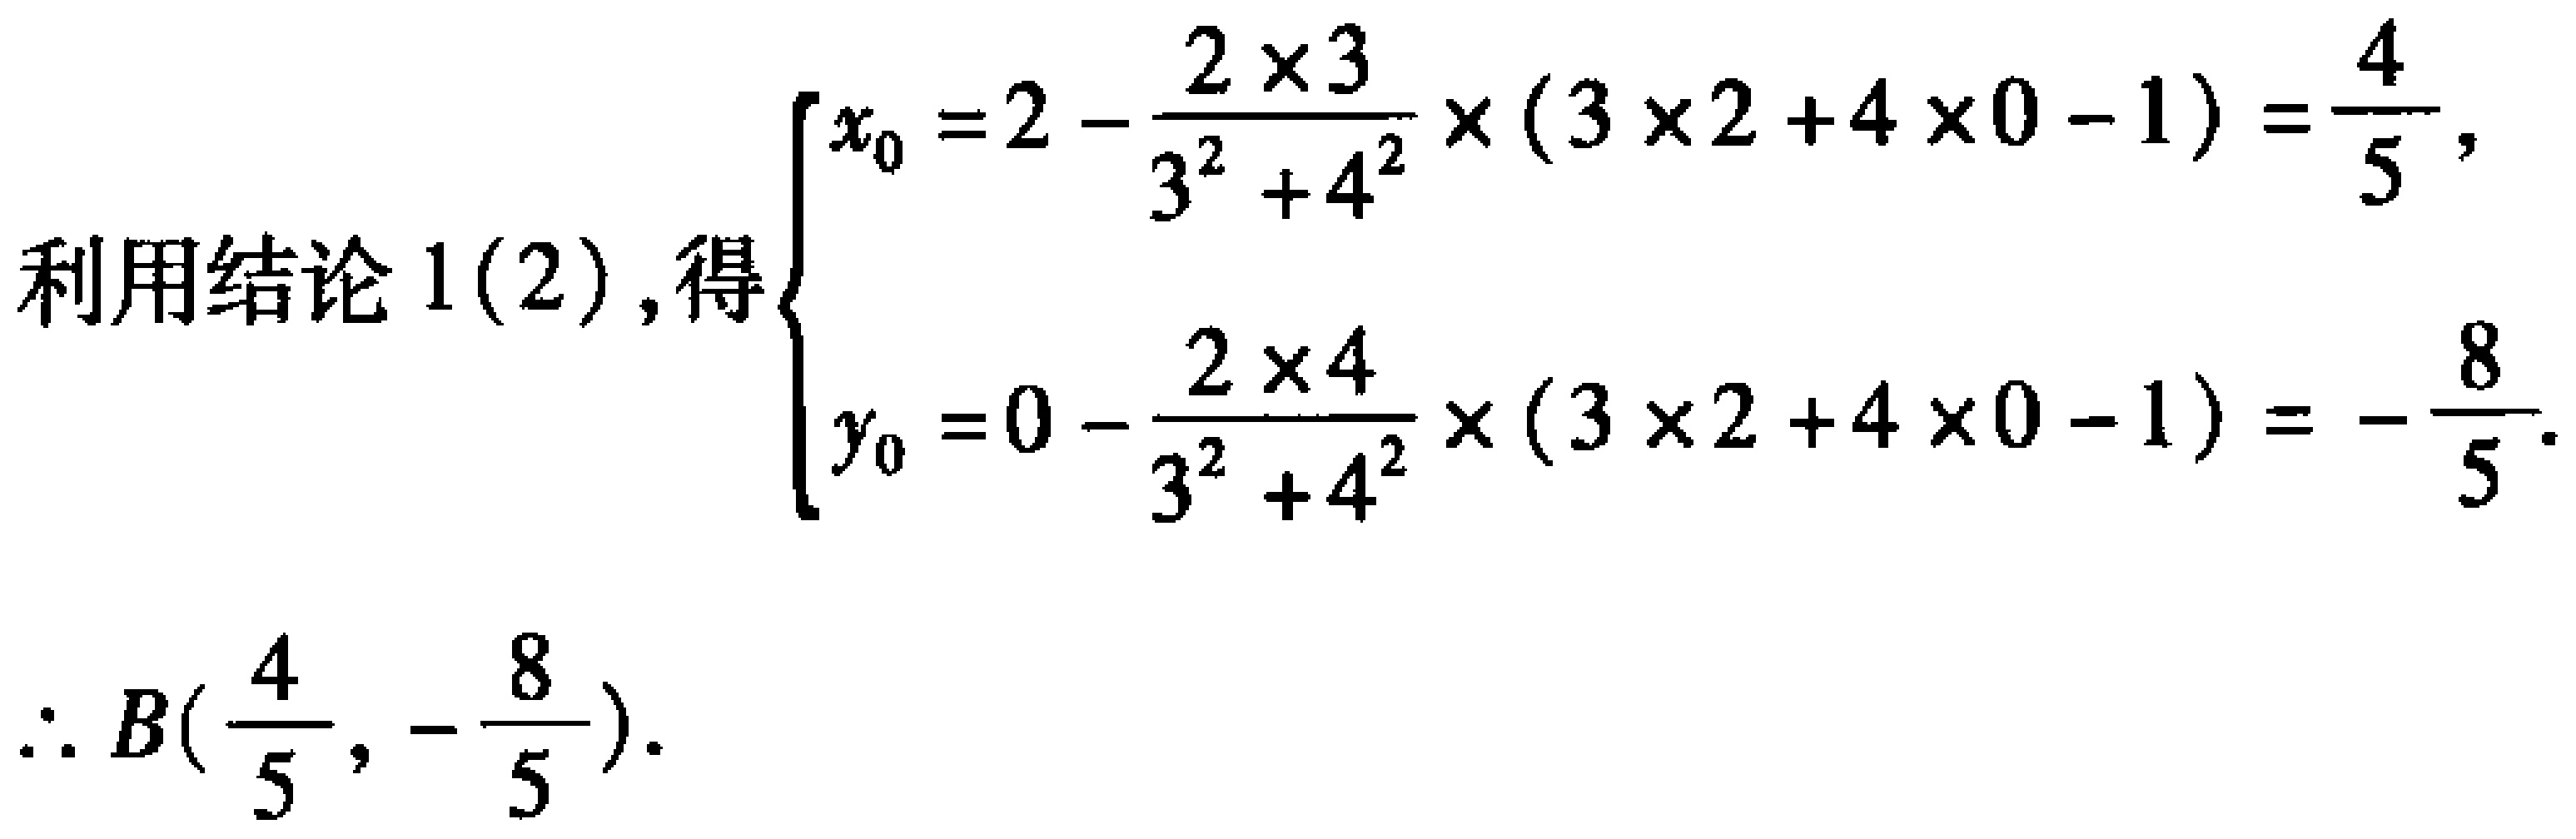
利用结论 1(2), 得$\begin{cases}x_{0}=2 - \dfrac{2\times3}{3^{2}+4^{2}}\times(3\times2 + 4\times0 - 1)=\dfrac{4}{5},\\y_{0}=0 - \dfrac{2\times4}{3^{2}+4^{2}}\times(3\times2 + 4\times0 - 1)=-\dfrac{8}{5}.\end{cases}$
$\therefore B(\dfrac{4}{5},-\dfrac{8}{5}).$